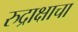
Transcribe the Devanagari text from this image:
रुद्राक्षाचा